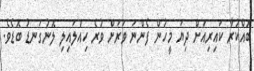
ބޮއްކުރާ ކައިރިއަށް ދިޔަ މީހުން ފެންނަ ވަރަށް ވުރެ ހިއްލައިލި ލޮނުގަނޑު ބޮޑެވެ.